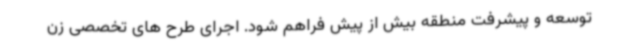
توسعه و پیشرفت منطقه بیش از پیش فراهم شود. اجرای طرح های تخصصی زن